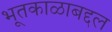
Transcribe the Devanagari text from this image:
भूतकाळाबद्दल